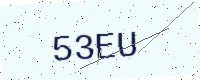
Text: 53EU